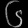
Digit: ၆